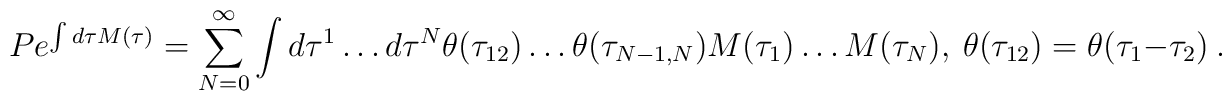
Pe^{\int d\tau M(\tau)}=\sum_{N=0}^{\infty}\int d\tau^1\dots d\tau^N \theta (\tau_{12})\dots\theta(\tau_{N-1,N})M(\tau_1)\dots M(\tau_N) , \ \theta(\tau_{12})=\theta(\tau_1-\tau_2) \ .